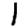
Digit: 1